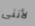
لأننى